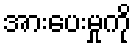
အားပေးမှုကို